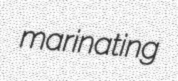
marinating